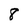
Character: 8